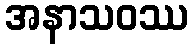
အနာသဝဿ